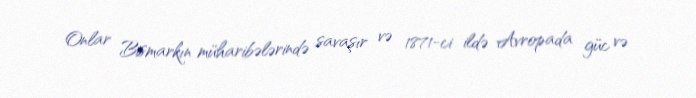
Onlar Bismarkın müharibələrində savaşır və 1871-ci ildə Avropada güc və